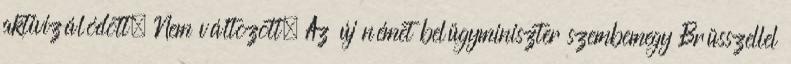
aktivizálódott. Nem változott. Az új német belügyminiszter szembemegy Brüsszellel